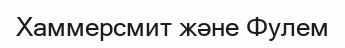
Хаммерсмит және Фулем